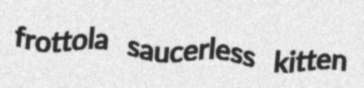
frottola saucerless kitten